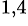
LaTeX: ^{1,4}